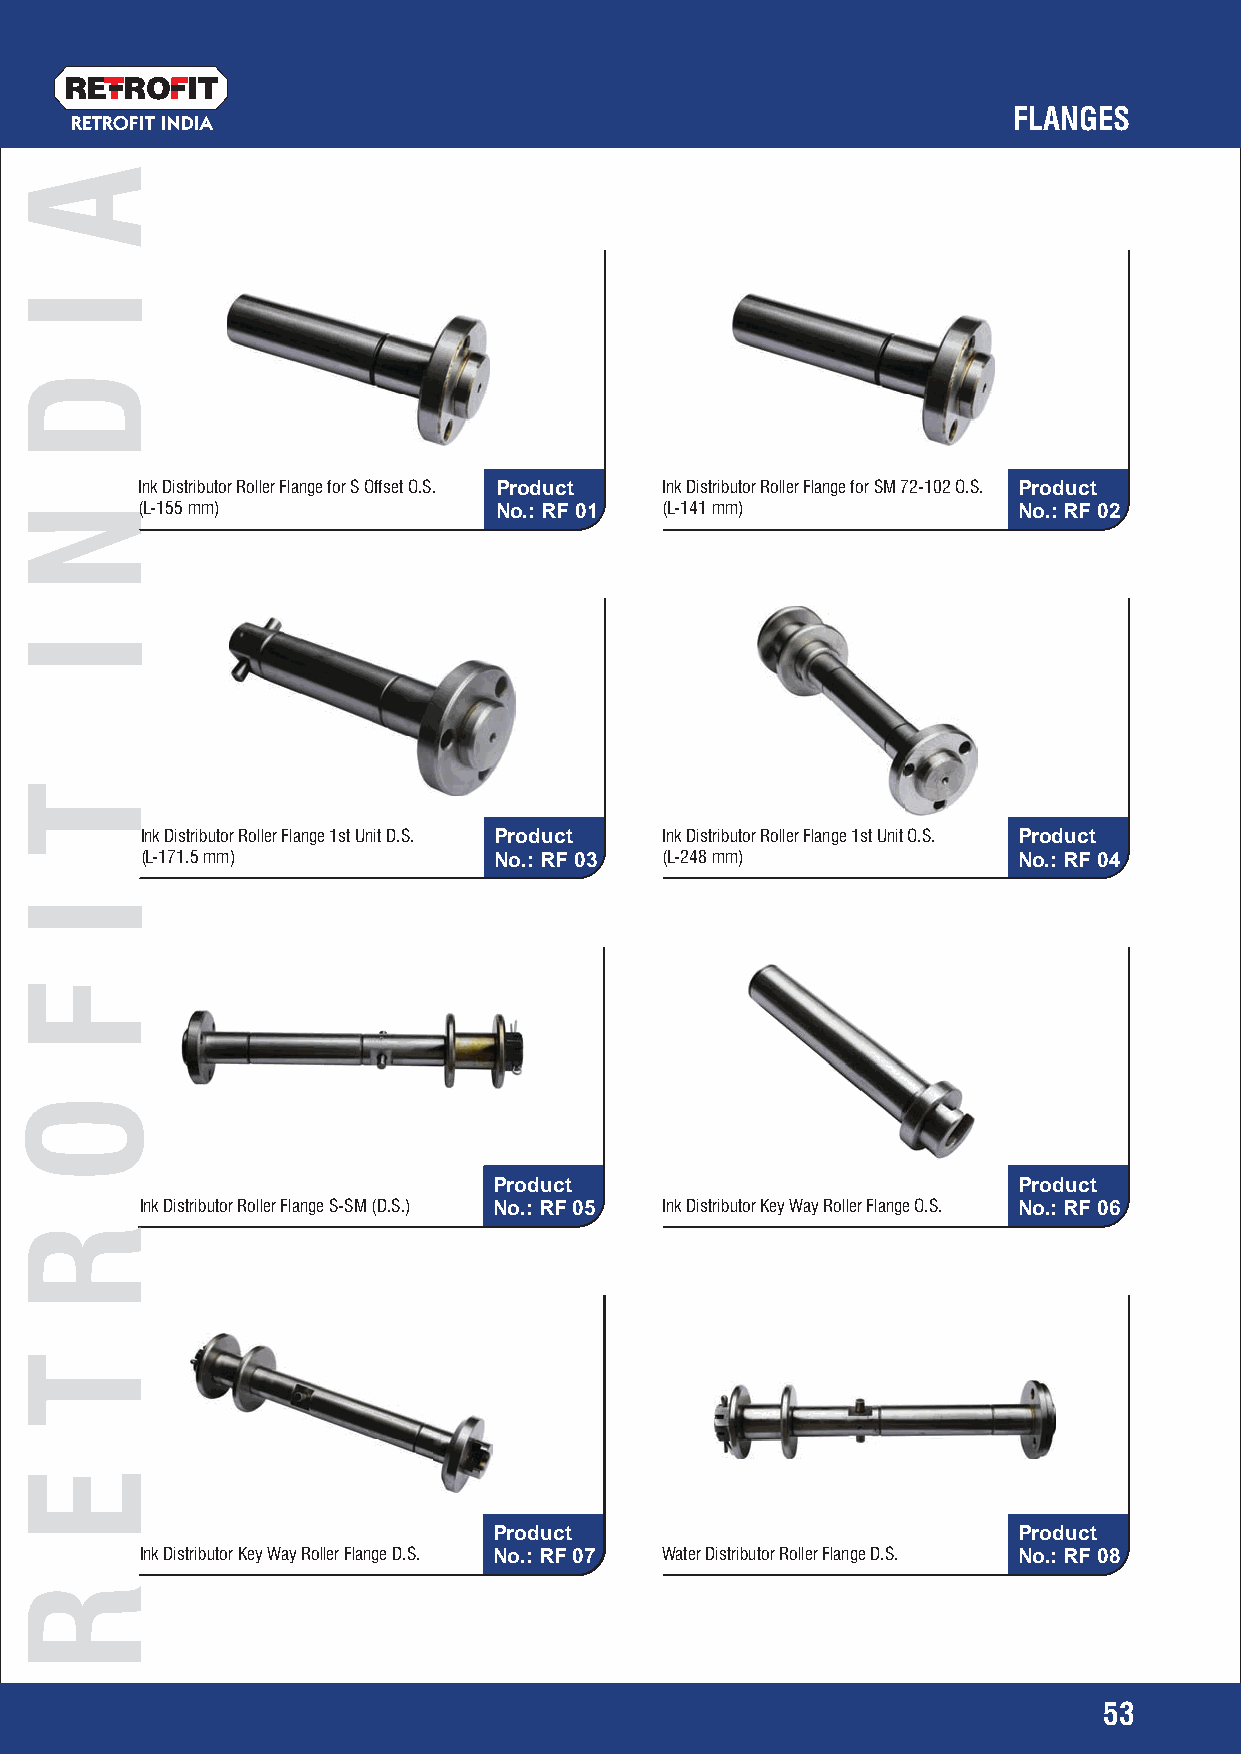
RETRO   IT
 FLANGES
 RETROFIT INDIA
 Ink Distributor Roller Flange for S Offset O.S. Product Ink Distributor Roller Flange for SM 72-102 O.S. Product
 (L-155 mm)              No.: RF 01 (L-141 mm)             No.: RF 02
 Ink Distributor Roller Flange 1st Unit D.S. Product Ink Distributor Roller Flange 1st Unit O.S. Product
 (L-171.5 mm)            No.: RF 03 (L-248 mm)             No.: RF 04
 Product                           Product
 Ink Distributor Roller Flange S-SM (D.S.) No.: RF 05 Ink Distributor Key Way Roller Flange O.S. No.: RF 06
 Product                           Product
 Ink Distributor Key Way Roller Flange D.S. No.: RF 07 Water Distributor Roller Flange D.S. No.: RF 08
 53
 A
 I
 D
 N
 I
 T
 I
 F
 O
 RR
 T
 E
 R